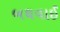
બઘવાઈ